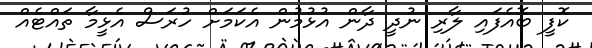
ކޮފީ ބޮއެފައި ލާރި ނުދީ ދާން އުޅުމުން އެކަމަށް ހުރަސް އެޅީމާ ތައްޓެއް